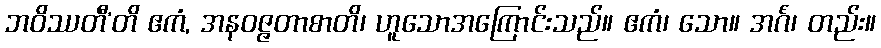
ဘဝိဿတီ’တိ ဧကံ, အနဝဇ္ဇတာစာတိ၊ ဟူသောအကြောင်းသည်။ ဧကံ၊ သော။ အင်္ဂံ၊ တည်း။